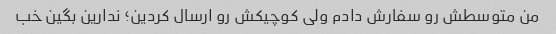
من متوسطش رو سفارش دادم ولی کوچیکش رو ارسال کردین؛ ندارین بگین خب